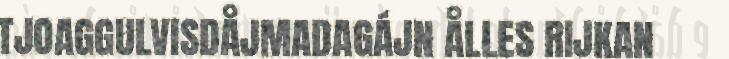
TJOAGGULVISDÅJMADAGÁJN ÅLLES RIJKAN